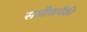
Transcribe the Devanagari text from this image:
सजीवापैकी